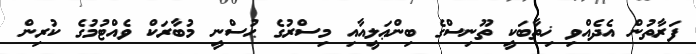
ފަރާތުން އެދެއްވި ޚިތާބަކީ ތޫނިސްގެ ބިންޢަލީއާއި މިސްރުގެ ޙުސްނީ މުބާރަކް ވެއްޓުމުގެ ކުރިން